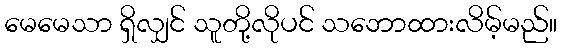
မေမေသာ ရှိလျှင် သူတို့လိုပင် သဘောထားလိမ့်မည်။